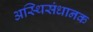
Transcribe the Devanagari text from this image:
अस्थिसंधानक